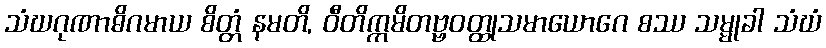
သံဃဂုဏာဓိဂမာယ စိတ္တံ နမတိ, ဝီတိက္ကမိတဗ္ဗဝတ္ထုသမာယောဂေ စဿ သမ္မုခါ သံဃံ